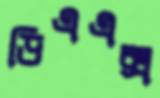
ডিএএক্স